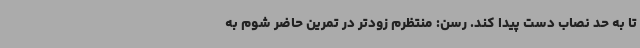
تا به حد نصاب دست پیدا کند. رسن: منتظرم زودتر در تمرین حاضر شوم به